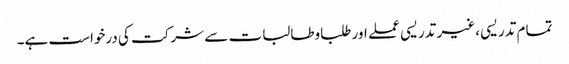
تمام تدریسی ،غیر تدریسی عملے اور طلباوطالبات سے شرکت کی درخواست ہے۔